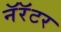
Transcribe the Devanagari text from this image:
नॅरॅटर